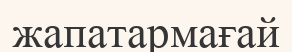
жапатармағай